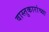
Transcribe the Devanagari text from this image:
वास्तुकारांच्या